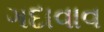
ગદાવાવ